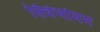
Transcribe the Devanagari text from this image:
सिन्नेमोमम